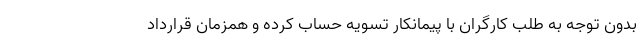
بدون توجه به طلب کارگران با پیمانکار تسویه حساب کرده و همزمان قرارداد